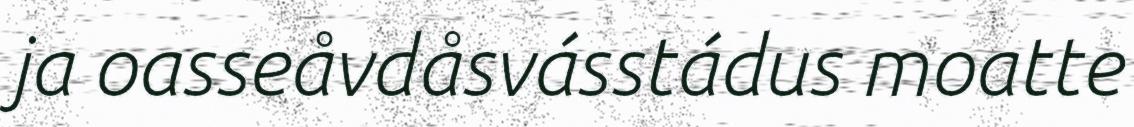
ja oasseåvdåsvásstádus moatte